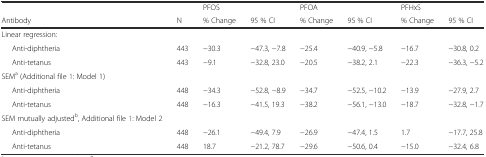
<table><thead><tr><td></td><td></td><td colspan="2"><b>PFOS</b></td><td colspan="2"><b>PFOA</b></td><td colspan="2"><b>PFHxS</b></td></tr><tr><td><b>Antibody</b></td><td><b>N</b></td><td><b>% Change</b></td><td><b>95 % CI</b></td><td><b>% Change</b></td><td><b>95 % CI</b></td><td><b>% Change</b></td><td><b>95 % CI</b></td></tr></thead><tbody><tr><td>Linear regression:</td><td></td><td></td><td></td><td></td><td></td><td></td><td></td></tr><tr><td>Anti-diphtheria</td><td>443</td><td>−30.3</td><td>−47.3, −7.8</td><td>−25.4</td><td>−40.9, −5.8</td><td>−16.7</td><td>−30.8, 0.2</td></tr><tr><td>Anti-tetanus</td><td>443</td><td>−9.1</td><td>−32.8, 23.0</td><td>−20.5</td><td>−38.2, 2.1</td><td>−22.3</td><td>−36.3, −5.2</td></tr><tr><td>SEM<sup>a</sup> (Additional file 1: Model 1)</td><td></td><td></td><td></td><td></td><td></td><td></td><td></td></tr><tr><td>Anti-diphtheria</td><td>448</td><td>−34.3</td><td>−52.8, −8.9</td><td>−34.7</td><td>−52.5, −10.2</td><td>−13.9</td><td>−27.9, 2.7</td></tr><tr><td>Anti-tetanus</td><td>448</td><td>−16.3</td><td>−41.5, 19.3</td><td>−38.2</td><td>−56.1, −13.0</td><td>−18.7</td><td>−32.8, −1.7</td></tr><tr><td>SEM mutually adjusted<sup>b</sup>, Additional file 1: Model 2</td><td></td><td></td><td></td><td></td><td></td><td></td><td></td></tr><tr><td>Anti-diphtheria</td><td>448</td><td>−26.1</td><td>−49.4, 7.9</td><td>−26.9</td><td>−47.4, 1.5</td><td>1.7</td><td>−17.7, 25.8</td></tr><tr><td>Anti-tetanus</td><td>448</td><td>18.7</td><td>−21.2, 78.7</td><td>−29.6</td><td>−50.6, 0.4</td><td>−15.0</td><td>−32.4, 6.8</td></tr></tbody></table>